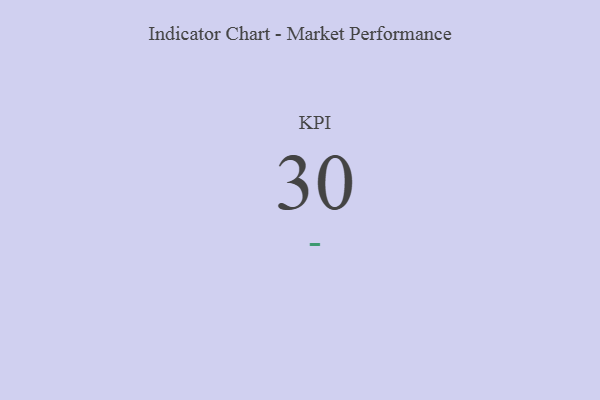
{"axis": {"x": "KPI", "y": "Value"}, "legend": [""], "data": [{"x": "KPI", "y": 30, "type": ""}]}